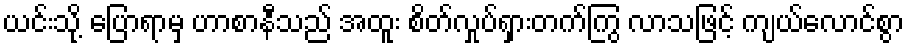
ယင်းသို့ ပြောရာမှ ဟာစာနီသည် အထူး စိတ်လှုပ်ရှားတက်ကြွ လာသဖြင့် ကျယ်လောင်စွာ